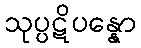
သုပ္ပဋိပန္နော